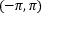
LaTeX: ( - \pi , \pi )